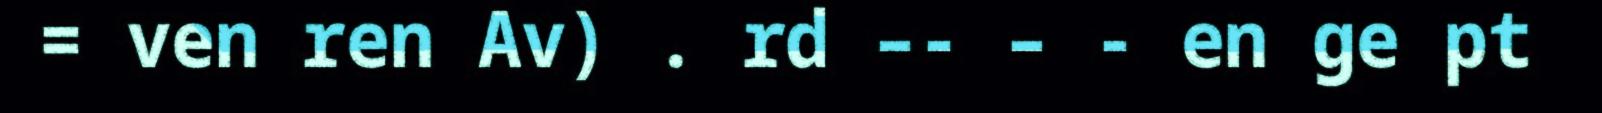
= ven ren Av) . rd –- – - en ge pt